Indian Civil Veterinary Department memoirs
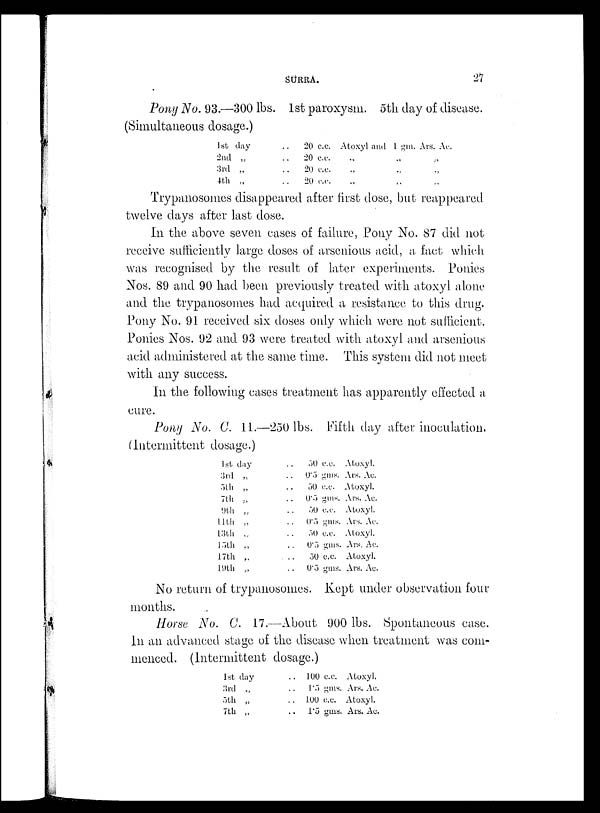
SURRA.
27
Pony No. 93.—300 lbs. 1st paroxysm. 5th day of disease.
(Simultaneous dosage.)
1st day
2nd „
3rd „
4th „
20 c.c.
. . 20 c.c.
. . 20 c.c.
. . 20 c.c.
Atoxyl and 1 gm. Ars. Ac.
„ „ „
„ „ „
„ „ „
Trypanosomes disappeared after first dose, but reappeared
twelve days after last dose.
In the above seven cases of failure, Pony No. 87 did not
receive sufficiently large doses of arsenious acid, a fact which
was recognised by the result of later experiments. Ponies
Nos. 89 and 90 had been previously treated with atoxyl alone
and the trypanosomes had acquired a resistance to this drug.
Pony No. 91 received six doses only which were not sufficient.
Ponies Nos. 92 and 93 were treated with atoxyl and arsenious
acid administered at the same time. This system did not meet
with any success.
In the following cases treatment has apparently effected a
cure.
Pony No. C. 11.—250 lbs. Fifth day after inoculation.
(Intermittent dosage.)
1st day
3rd „
5th „
7th „
9th „
11th „
13th „
15th „
17th „
19th „
. . 50 c.c.
. . 0.5 gms.
. . 50 c.c.
. . 0.5 gms.
. . 50 c.c.
. . 0.5 gms.
. . 50 c.c.
. . 0.5 gms.
. . 50 c.c.
. . 0.5 gms.
Atoxyl.
Ars. Ac.
Atoxyl.
Ars. Ac.
Atoxyl.
Ars. Ac.
Atoxyl.
Ars. Ac.
Atoxyl.
Ars. Ac.
No return of trypanosomes. Kept under observation four
months.
Horse No. C. 17.—About 900 lbs. Spontaneous case.
In an advanced stage of the disease when treatment was com-
menced. (Intermittent dosage.)
1st day
3rd „
5th „
7th „
. . 100 c.c. Atoxyl.
. . 1.5 gms. Ars. Ac.
. . 100 c.c. Atoxyl.
. . 1.5 gms. Ars. Ac.